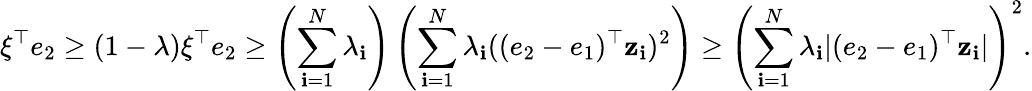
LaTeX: \xi^{\top}e_{2}\geq(1-\lambda)\xi^{\top}e_{2}\geq\left(\sum_{\mathbf{i}=1}^{N}\lambda_{\mathbf{i}}\right)\left(\sum_{\mathbf{i}=1}^{N}\lambda_{\mathbf{i}}((e_{2}-e_{1})^{\top}\mathbf{z}_{\mathbf{i}})^{2}\right)\geq\left(\sum_{\mathbf{i}=1}^{N}\lambda_{\mathbf{i}}|(e_{2}-e_{1})^{\top}\mathbf{z}_{\mathbf{i}}|\right)^{2}.